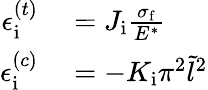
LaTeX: \begin{array}{rl}{\epsilon_{\mathrm{i}}^{(t)}}&{{}=J_{\mathrm{i}}\frac{\sigma_{\mathrm{f}}}{E^{*}}}\\ {\epsilon_{\mathrm{i}}^{(c)}}&{{}=-K_{\mathrm{i}}\pi^{2}\tilde{l}^{2}}\end{array}